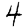
Digit: 4